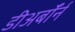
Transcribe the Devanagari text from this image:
डीअर्बॉर्न